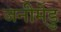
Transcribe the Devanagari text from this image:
जनीमेडु